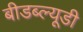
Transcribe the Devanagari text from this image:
बीडब्ल्यूडी